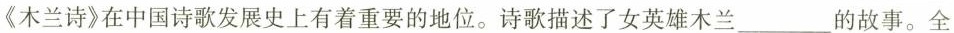
《木兰诗》在中国诗歌发展史上有着重要的地位。诗歌描述了女英雄木兰___的故事。全